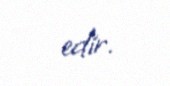
edir.